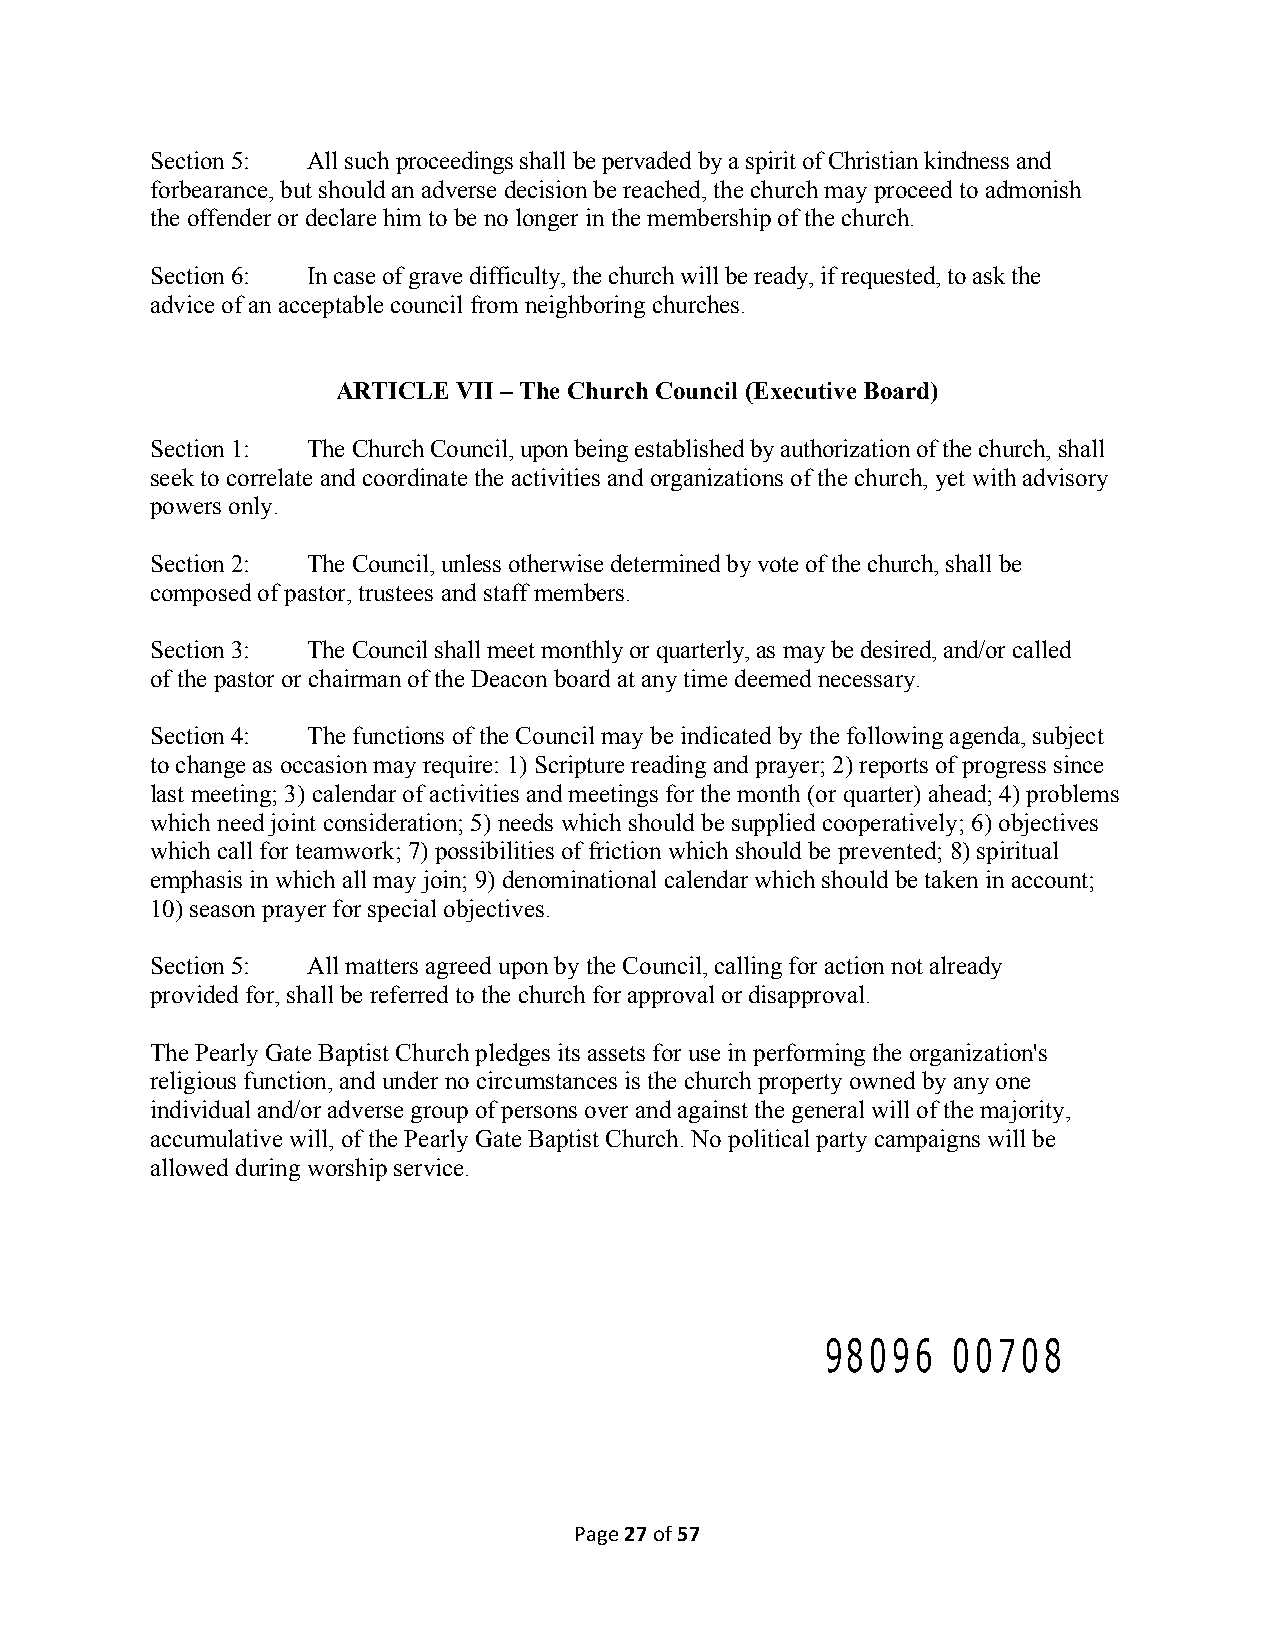
Section 5: All such proceedings shall be pervaded by a spirit of Christian kindness and
 forbearance, but should an adverse decision be reached, the church may proceed to admonish
 the offender or declare him to be no longer in the membership of the church.
 Section 6: In case of grave difficulty, the church will be ready, if requested, to ask the
 advice of an acceptable council from neighboring churches.
 ARTICLE VII – The Church Council (Executive Board)
 Section 1: The Church Council, upon being established by authorization of the church, shall
 seek to correlate and coordinate the activities and organizations of the church, yet with advisory
 powers only.
 Section 2: The Council, unless otherwise determined by vote of the church, shall be
 composed of pastor, trustees and staff members.
 Section 3: The Council shall meet monthly or quarterly, as may be desired, and/or called
 of the pastor or chairman of the Deacon board at any time deemed necessary.
 Section 4: The functions of the Council may be indicated by the following agenda, subject
 to change as occasion may require: 1) Scripture reading and prayer; 2) reports of progress since
 last meeting; 3) calendar of activities and meetings for the month (or quarter) ahead; 4) problems
 which need joint consideration; 5) needs which should be supplied cooperatively; 6) objectives
 which call for teamwork; 7) possibilities of friction which should be prevented; 8) spiritual
 emphasis in which all may join; 9) denominational calendar which should be taken in account;
 10) season prayer for special objectives.
 Section 5: All matters agreed upon by the Council, calling for action not already
 provided for, shall be referred to the church for approval or disapproval.
 The Pearly Gate Baptist Church pledges its assets for use in performing the organization's
 religious function, and under no circumstances is the church property owned by any one
 individual and/or adverse group of persons over and against the general will of the majority,
 accumulative will, of the Pearly Gate Baptist Church. No political party campaigns will be
 allowed during worship service.
 98096   00708
 Page 27 of 57